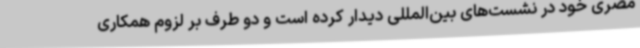
مصری خود در نشست‌های بین‌المللی دیدار کرده است و دو طرف بر لزوم همکاری